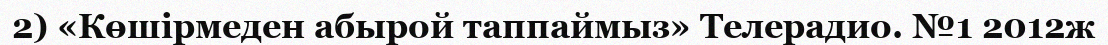
2) «Көшірмеден абырой таппаймыз» Телерадио. №1 2012ж